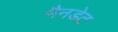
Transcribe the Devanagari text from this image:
मैनडेट